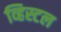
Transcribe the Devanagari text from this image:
व्हिस्टल